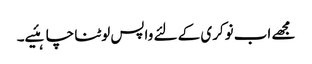
مجھے اب نوکری کے لئے واپس لوٹنا چاہئیے۔